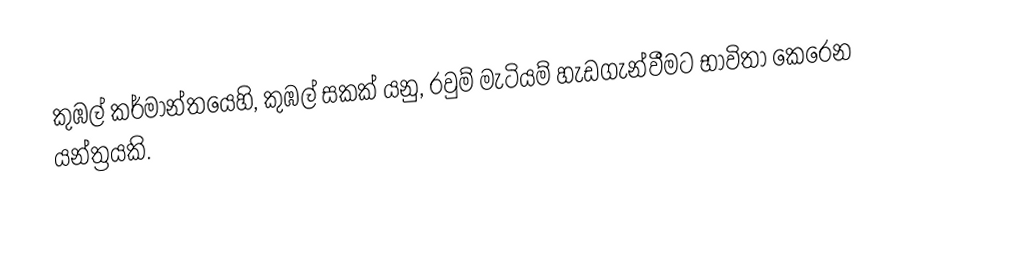
කුඹල් කර්මාන්තයෙහි, කුඹල් සකක් යනු, රවුම්  මැටියම් හැඩගැන්වීමට භාවිතා කෙරෙන යන්ත්‍රයකි.